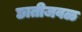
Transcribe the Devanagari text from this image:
छातीजवळ